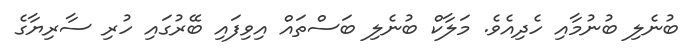
ބުނެލި ބުނުމާއި ހެދިއެވެ. މަލާކް ބުނެލި ބަސްތައް އިވިފައި ބޭރުގައި ހުރި ސާރިޔާގެ